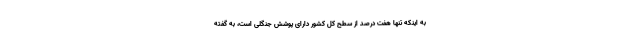
به اینکه تنها هفت درصد از سطح کل کشور دارای ‌پوشش جنگلی است، به گفته